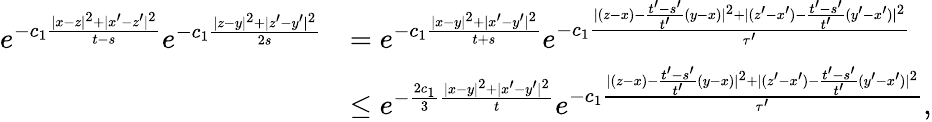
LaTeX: \begin{array}{rl}{e^{-c_{1}\frac{|x-z|^{2}+|x^{\prime}-z^{\prime}|^{2}}{t-s}}e^{-c_{1}\frac{|z-y|^{2}+|z^{\prime}-y^{\prime}|^{2}}{2s}}}&{=e^{-c_{1}\frac{|x-y|^{2}+|x^{\prime}-y^{\prime}|^{2}}{t+s}}e^{-c_{1}\frac{|(z-x)-\frac{t^{\prime}-s^{\prime}}{t^{\prime}}(y-x)|^{2}+|(z^{\prime}-x^{\prime})-\frac{t^{\prime}-s^{\prime}}{t^{\prime}}(y^{\prime}-x^{\prime})|^{2}}{\tau^{\prime}}}}\\ &{\le e^{-\frac{2c_{1}}{3}\frac{|x-y|^{2}+|x^{\prime}-y^{\prime}|^{2}}{t}}e^{-c_{1}\frac{|(z-x)-\frac{t^{\prime}-s^{\prime}}{t^{\prime}}(y-x)|^{2}+|(z^{\prime}-x^{\prime})-\frac{t^{\prime}-s^{\prime}}{t^{\prime}}(y^{\prime}-x^{\prime})|^{2}}{\tau^{\prime}}},}\end{array}